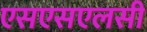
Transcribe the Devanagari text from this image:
एसएसएलसी